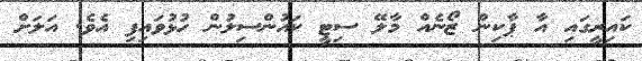
ކައިރީގައި އާ ޕާކިން ޒޯނެއް މާލޭ ސިޓީ ކައުންސިލުން ހުޅުވައިފި އެވެ. އަލަށް